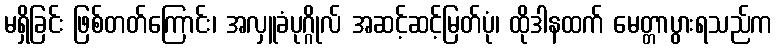
မရှိခြင်း ဖြစ်တတ်ကြောင်း၊ အလှူခံပုဂ္ဂိုလ် အဆင့်ဆင့်မြတ်ပုံ၊ ထိုဒါနထက် မေတ္တာပွားရသည်က